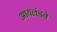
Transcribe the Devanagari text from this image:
आयलंडने